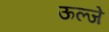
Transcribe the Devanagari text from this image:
ऊल्जे